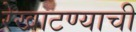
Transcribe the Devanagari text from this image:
रेखाटण्याची